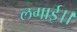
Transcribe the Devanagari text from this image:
लगाई।।